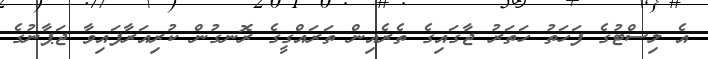
އެ ލިސްޓުގެ ފަހަތު ހަތަރު ޖާގައިގެ ތެރެއިން ތަރައްގީގެ ރޮނގުން ކުރިއަރާފައިވާ ޖަޕާނުގެ